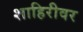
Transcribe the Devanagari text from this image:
शाहिरीवर